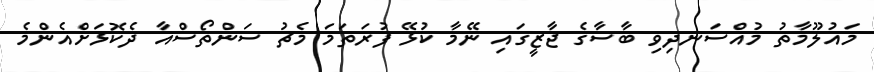
މައުލޫމާތު މުއްސަނދިވި ބާސާގެ ޖާޒީގައި ނޭމާ ކުޅޭ ފުރަތަމަ މެޗު ސަންތޯސްއާ ދެކޮޅަށްއެންމެ